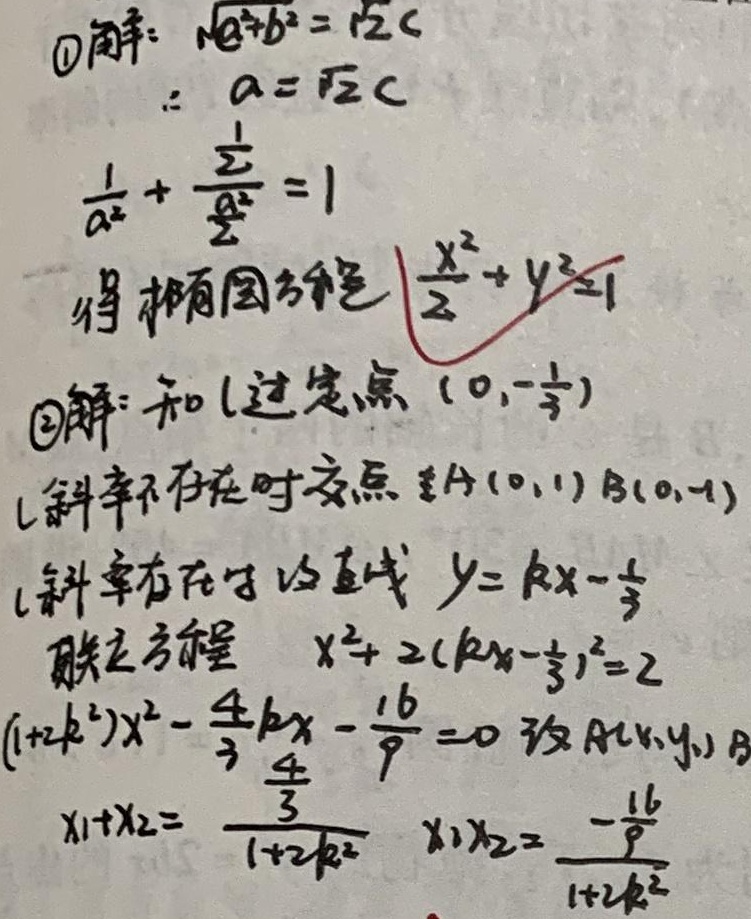
1. 解：
由\(\sqrt{a^{2}+b^{2}}=\sqrt{2}c\)，可得\(a^{2}+b^{2}=2c^{2}\)。
又因为\(\frac{1}{a^{2}}+\frac{\frac{1}{2}}{a^{2}} = 1\)，即\(\frac{1 + \frac{1}{2}}{a^{2}} = 1\)，\(\frac{\frac{3}{2}}{a^{2}} = 1\)，解得\(a^{2} = \frac{3}{2}\)，\(b^{2} = \frac{1}{2}\)，所以椭圆方程为\(\frac{x^{2}}{2}+y^{2}=1\)。

2. 解：
已知\(l\)过定点\((0,-\frac{1}{3})\)。
当\(l\)斜率不存在时，交点为\(A(0,1)\)，\(B(0, - 1)\)。
当\(l\)斜率存在时，设直线\(y = kx-\frac{1}{3}\)。
联立方程\(\begin{cases}y = kx-\frac{1}{3}\\x^{2}+2y^{2}=2\end{cases}\)，将\(y = kx-\frac{1}{3}\)代入\(x^{2}+2y^{2}=2\)得：
\(x^{2}+2(kx - \frac{1}{3})^{2}=2\)，
展开得\(x^{2}+2(k^{2}x^{2}-\frac{2}{3}kx+\frac{1}{9}) = 2\)，
即\(x^{2}+2k^{2}x{4}{3}kx+\^{2}-\fracfrac{2}{9}-2 = 0\)，
整理得\((1 + 2k^{2})x^{2}-\frac{4}{3}kx-\frac{16}{9}=0\)。
设\(A(x_{1},y_{1})\)，\(B(x_{2},y_{2})\)，
由韦达定理得\(x_{1}+x_{2}=\frac{\frac{4}{3}k}{1 + 2k^{2}}\)，\(x_{1}x_{2}=\frac{-\frac{16}{9}}{1 + 2k^{2}}\)。